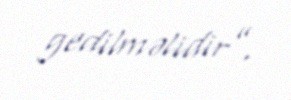
gedilməlidir”.